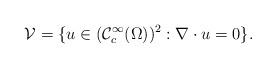
LaTeX: \begin{align*}\mathcal{V}=\{u\in (\mathcal{C}_c^{\infty}(\Omega))^2:\nabla\cdot u=0\}.\end{align*}